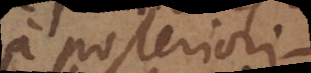
a posteriori